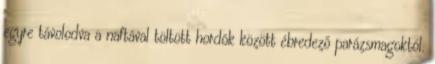
egyre távolodva a naftával töltött hordók között ébredező parázsmagoktól.